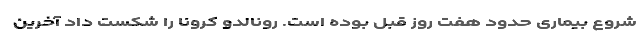
شروع بیماری حدود هفت روز قبل بوده است. رونالدو کرونا را شکست داد آخرین